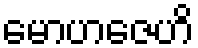
မောဟဇေဟိ